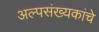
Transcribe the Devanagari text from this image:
अल्पसंख्यकांचे